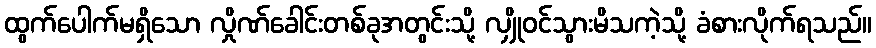
ထွက်ပေါက်မရှိသော လှိုဏ်ခေါင်းတစ်ခုအတွင်းသို့ လျှိုဝင်သွားမိသကဲ့သို့ ခံစားလိုက်ရသည်။